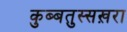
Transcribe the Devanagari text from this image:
कुब्बतुस्सख़रा